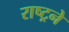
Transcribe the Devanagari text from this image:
राष्ट्रने